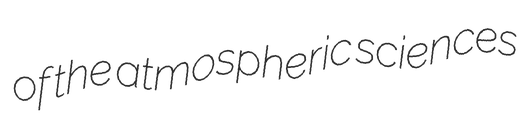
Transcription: of the atmospheric sciences